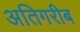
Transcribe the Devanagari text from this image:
अतिगरीब